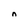
Character: n